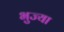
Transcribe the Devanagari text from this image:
भुज्या